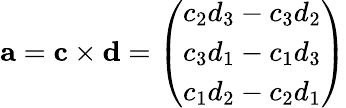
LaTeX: \mathbf{a}=\mathbf{c}\times\mathbf{d}={\left(\begin{array}{l}{c_{2}d_{3}-c_{3}d_{2}}\\ {c_{3}d_{1}-c_{1}d_{3}}\\ {c_{1}d_{2}-c_{2}d_{1}}\end{array}\right)}